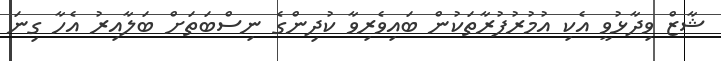
ޝާޒް ވިދާޅުވީ އެކި އުމުރުފުރާތަކުން ބައިވެރިވާ ކުދިންގެ ނިސްބަތަށް ބަލާއިރު އެހާ ގިނަ